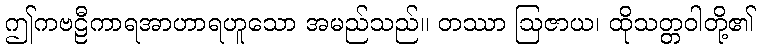
ဤကဗဠီကာရအာဟာရဟူသော အမည်သည်။ တဿာ ဩဇာယ၊ ထိုသတ္တဝါတို့၏